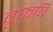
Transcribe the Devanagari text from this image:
वृफषि